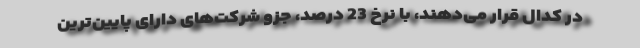
در کدال قرار می‌دهند، با نرخ 23 درصد، جزو شرکت‌های دارای پایین‌ترین